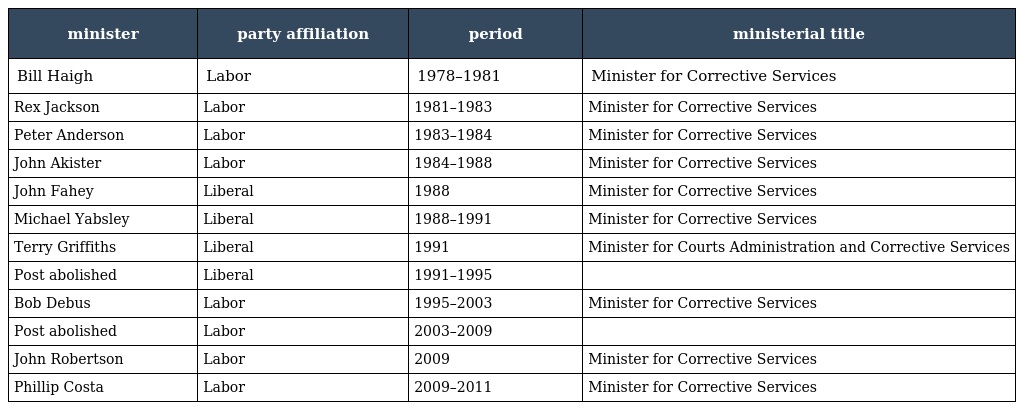
| minister | party affiliation | period | ministerial title |
 | --- | --- | --- | --- |
 | Bill Haigh | Labor | 1978–1981 | Minister for Corrective Services |
 | Rex Jackson | Labor | 1981–1983 | Minister for Corrective Services |
 | Peter Anderson | Labor | 1983–1984 | Minister for Corrective Services |
 | John Akister | Labor | 1984–1988 | Minister for Corrective Services |
 | John Fahey | Liberal | 1988 | Minister for Corrective Services |
 | Michael Yabsley | Liberal | 1988–1991 | Minister for Corrective Services |
 | Terry Griffiths | Liberal | 1991 | Minister for Courts Administration and Corrective Services |
 | Post abolished | Liberal | 1991–1995 |  |
 | Bob Debus | Labor | 1995–2003 | Minister for Corrective Services |
 | Post abolished | Labor | 2003–2009 |  |
 | John Robertson | Labor | 2009 | Minister for Corrective Services |
 | Phillip Costa | Labor | 2009–2011 | Minister for Corrective Services |